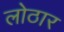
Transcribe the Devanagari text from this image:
लोठार